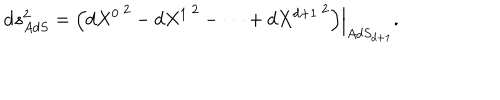
{ \mathrm d } s _ { A d S } ^ { 2 } = \left. \left( d { { X } ^ { 0 } } ^ { \, 2 } - d { { X } ^ { 1 } } ^ { \, 2 } - \cdots + d { { X } ^ { d + 1 } } ^ { \, 2 } \right) \right| _ { A d S _ { d + 1 } } .